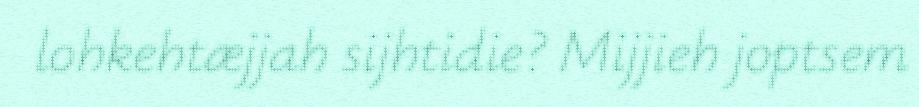
lohkehtæjjah sijhtidie? Mijjieh joptsem